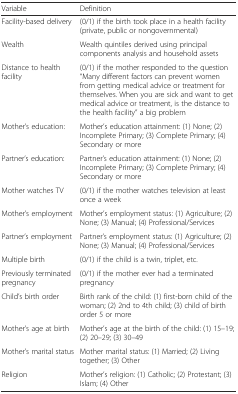
<table><thead><tr><td><b>Variable</b></td><td><b>Definition</b></td></tr></thead><tbody><tr><td>Facility-based delivery</td><td>(0/1) if the birth took place in a health facility (private, public or nongovernmental)</td></tr><tr><td>Wealth</td><td>Wealth quintiles derived using principal components analysis and household assets</td></tr><tr><td>Distance to health facility</td><td>(0/1) if the mother responded to the question “Many different factors can prevent women from getting medical advice or treatment for themselves. When you are sick and want to get medical advice or treatment, is the distance to the health facility” a big problem</td></tr><tr><td>Mother’s education:</td><td>Mother’s education attainment: (1) None; (2) Incomplete Primary; (3) Complete Primary; (4) Secondary or more</td></tr><tr><td>Partner’s education:</td><td>Partner’s education attainment: (1) None; (2) Incomplete Primary; (3) Complete Primary; (4) Secondary or more</td></tr><tr><td>Mother watches TV</td><td>(0/1) if the mother watches television at least once a week</td></tr><tr><td>Mother’s employment</td><td>Mother’s employment status: (1) Agriculture; (2) None; (3) Manual; (4) Professional/Services</td></tr><tr><td>Partner’s employment</td><td>Partner’s employment status: (1) Agriculture; (2) None; (3) Manual; (4) Professional/Services</td></tr><tr><td>Multiple birth</td><td>(0/1) if the child is a twin, triplet, etc.</td></tr><tr><td>Previously terminated pregnancy</td><td>(0/1) if the mother ever had a terminated pregnancy</td></tr><tr><td>Child’s birth order</td><td>Birth rank of the child: (1) first-born child of the woman; (2) 2nd to 4th child; (3) child of birth order 5 or more</td></tr><tr><td>Mother’s age at birth</td><td>Mother’s age at the birth of the child: (1) 15–19; (2) 20–29; (3) 30–49</td></tr><tr><td>Mother’s marital status</td><td>Mother marital status: (1) Married; (2) Living together; (3) Other</td></tr><tr><td>Religion</td><td>Mother’s religion: (1) Catholic; (2) Protestant; (3) Islam; (4) Other</td></tr></tbody></table>